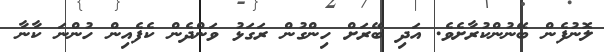
ލޮނުފެން ބޭނުންކުރާށެވެ. އަދި ބޭރަށް ހިންގުން ރަގަޅު ވަންދެން ކެފެއިން ހުންނަ ކާނާ